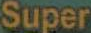
Super